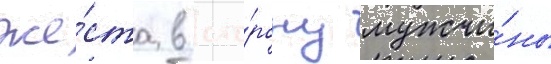
же́ста в сто́рону мужчи́ны